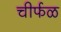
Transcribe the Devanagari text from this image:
चीर्फळ